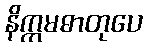
နိက္ကမဓာတုပေ